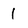
Character: l